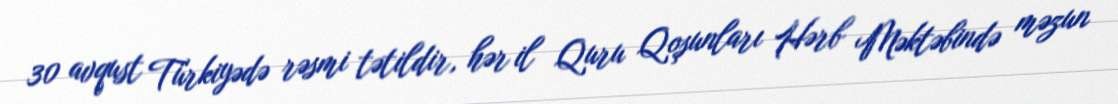
30 avqust Türkiyədə rəsmi tətildir, hər il Quru Qoşunları Hərb Məktəbində məzun